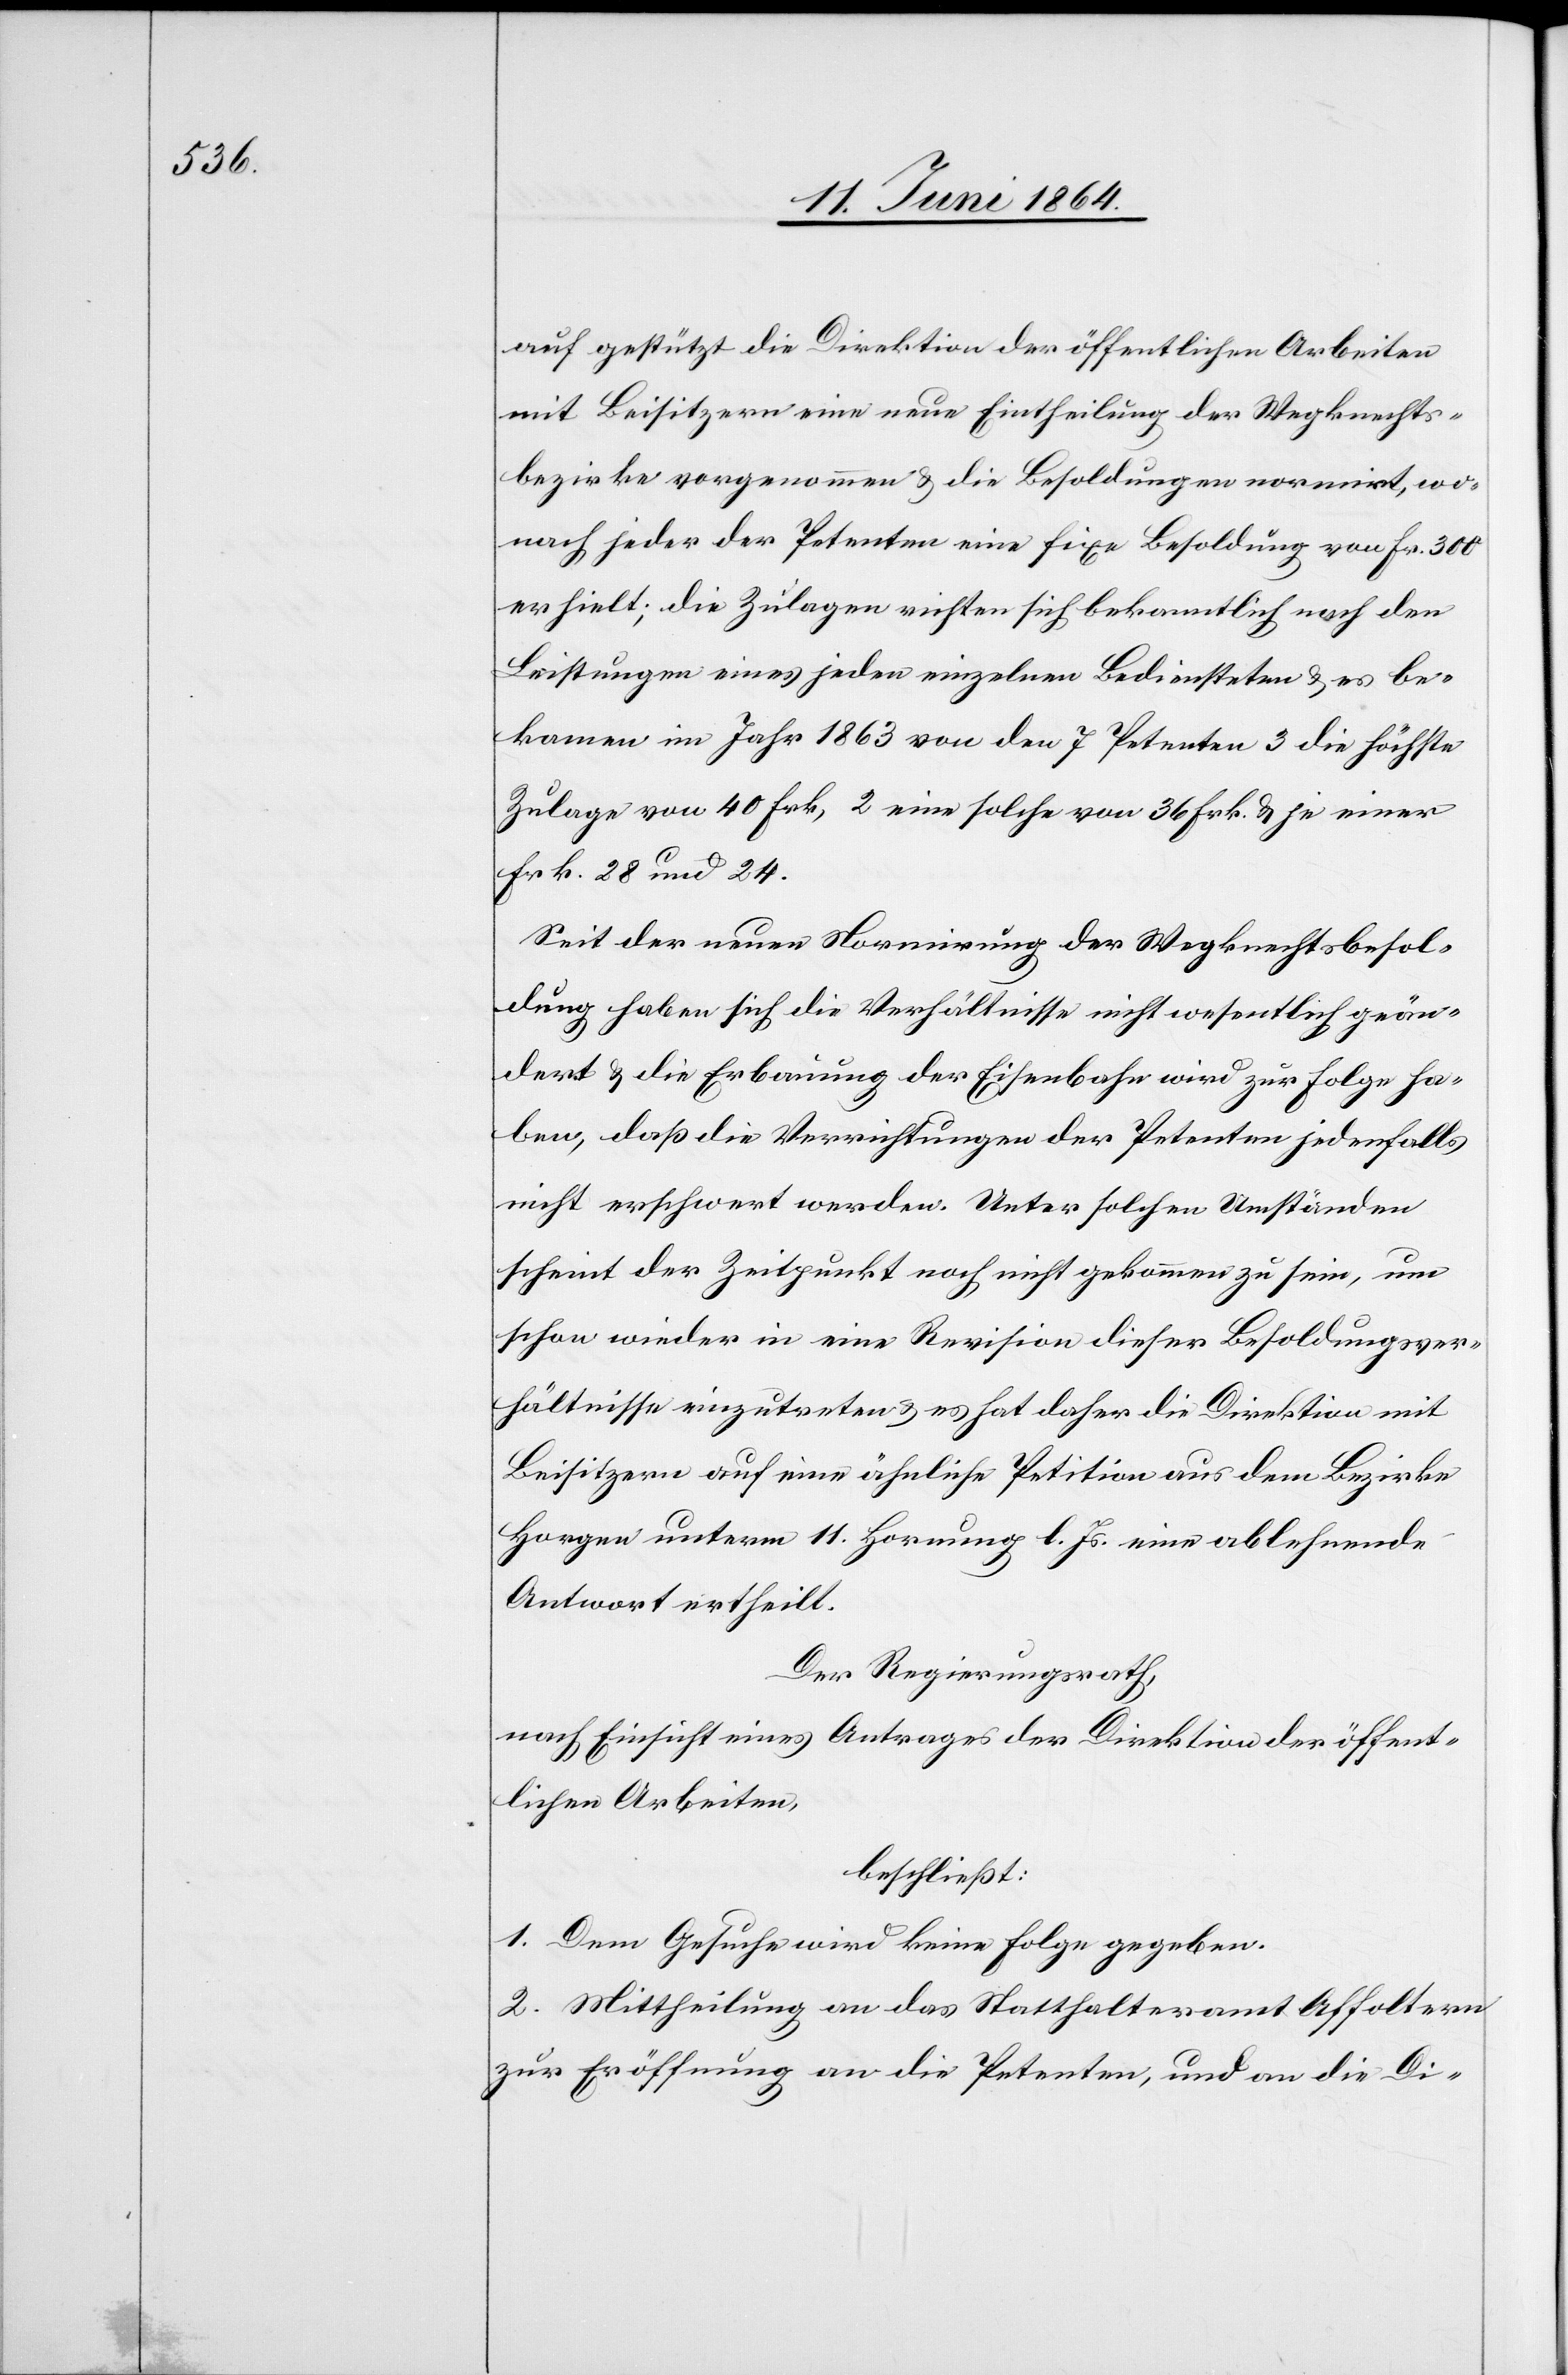
auf gestützt die Direktion der öffentlichen Arbeiten
mit Beisitzern eine neue Eintheilung der Wegknechts¬
bezirke vorgenommen u. die Besoldungen normirt, wo¬
nach jeder der Petenten eine fixe Besoldung von Fr. 300
erhielt; die Zulagen richten sich bekanntlich nach den
Leistungen eines jeden einzelnen Bediensteten u. es be¬
kamen im Jahr 1863 von den 7 Petenten 3 die höchste
Zulage von 40 Frk, 2 eine solche von 36 Frk. u. je einer
Frk. 28 und 24.
Seit der neuen Normirung der Wegknechtsbesol¬
dung haben sich die Verhältnisse nicht wesentlich geän¬
dert u. die Erbauung der Eisenbahn wird zur Folge ha¬
ben, daß die Verrichtungen der Petenten jedenfalls
nicht erschwert werden. Unter solchen Umständen
scheint der Zeitpunkt noch nicht gekommen zu sein, um
schon wieder in eine Revision dieser Besoldungsver¬
hältnisse einzutreten u. es hat daher die Direktion mit
Beisitzern auf eine ähnliche Petition aus dem Bezirke
Horgen unterm 11. Hornung l. Js. eine ablehnende
Antwort ertheilt.
Der Regierungsrath,
nach Einsicht eines Antrages der Direktion der öffent¬
lichen Arbeiten,
beschließt:
1. Dem Gesuche wird keine Folge gegeben.
2. Mittheilung an das Statthalteramt Affoltern
zur Eröffnung an die Petenten, und an die Di-